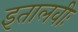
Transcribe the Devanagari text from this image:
इतालवीः